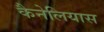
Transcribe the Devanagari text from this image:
कैनेलियास